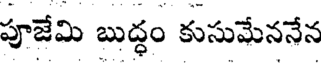
పూజేమి బుద్ధం కుసుమేననేన